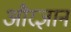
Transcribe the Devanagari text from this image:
औरज्ञान